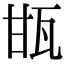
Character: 㽍